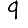
Digit: 9